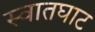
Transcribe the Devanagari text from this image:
स्वातघाट